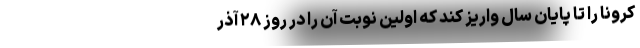
کرونا را تا پایان سال واریز کند که اولین نوبت آن را در روز ۲۸ آذر